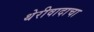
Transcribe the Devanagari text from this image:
थेरीवादाचा